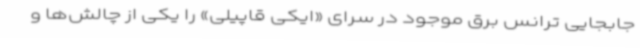
جابجایی ترانس برق موجود در سرای «ایکی قاپیلی» را یکی از چالش‌ها و